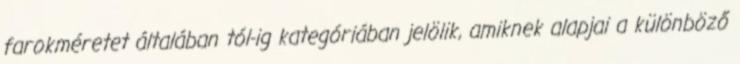
farokméretet általában tól-ig kategóriában jelölik, amiknek alapjai a különböző